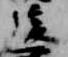
後